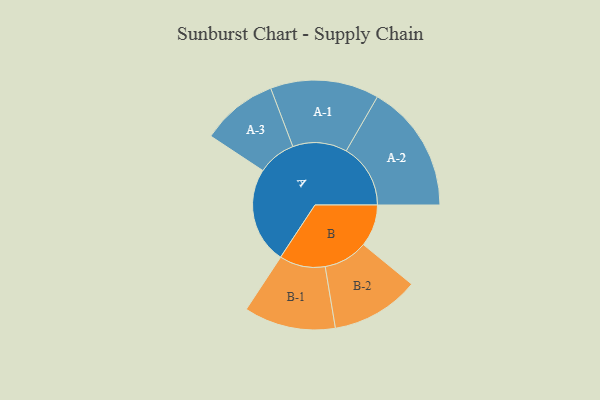
{"axis": {"x": "Segment", "y": "Value"}, "legend": ["", "A", "B"], "data": [{"x": "A", "y": 408, "type": ""}, {"x": "B", "y": 178, "type": ""}, {"x": "A-1", "y": 230, "type": "A"}, {"x": "A-2", "y": 272, "type": "A"}, {"x": "A-3", "y": 162, "type": "A"}, {"x": "B-1", "y": 194, "type": "B"}, {"x": "B-2", "y": 187, "type": "B"}]}